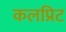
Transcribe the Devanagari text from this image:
कलप्रिट